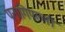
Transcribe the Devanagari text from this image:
पनागिपल्ली